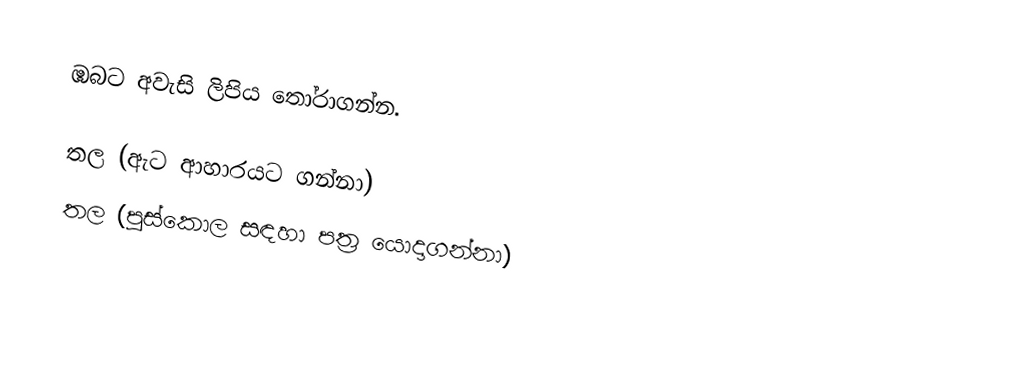
ඹබට අවැසි ලිපිය තෝරාගන්න.

 තල  (ඇට ආහාරයට ගන්නා)
 තල (පුස්කොල සඳහා පත්‍ර යොදාගන්නා)